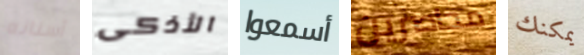
أسنانه الأذكى أسمعوا محاصرين يمكنك